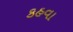
કહવા